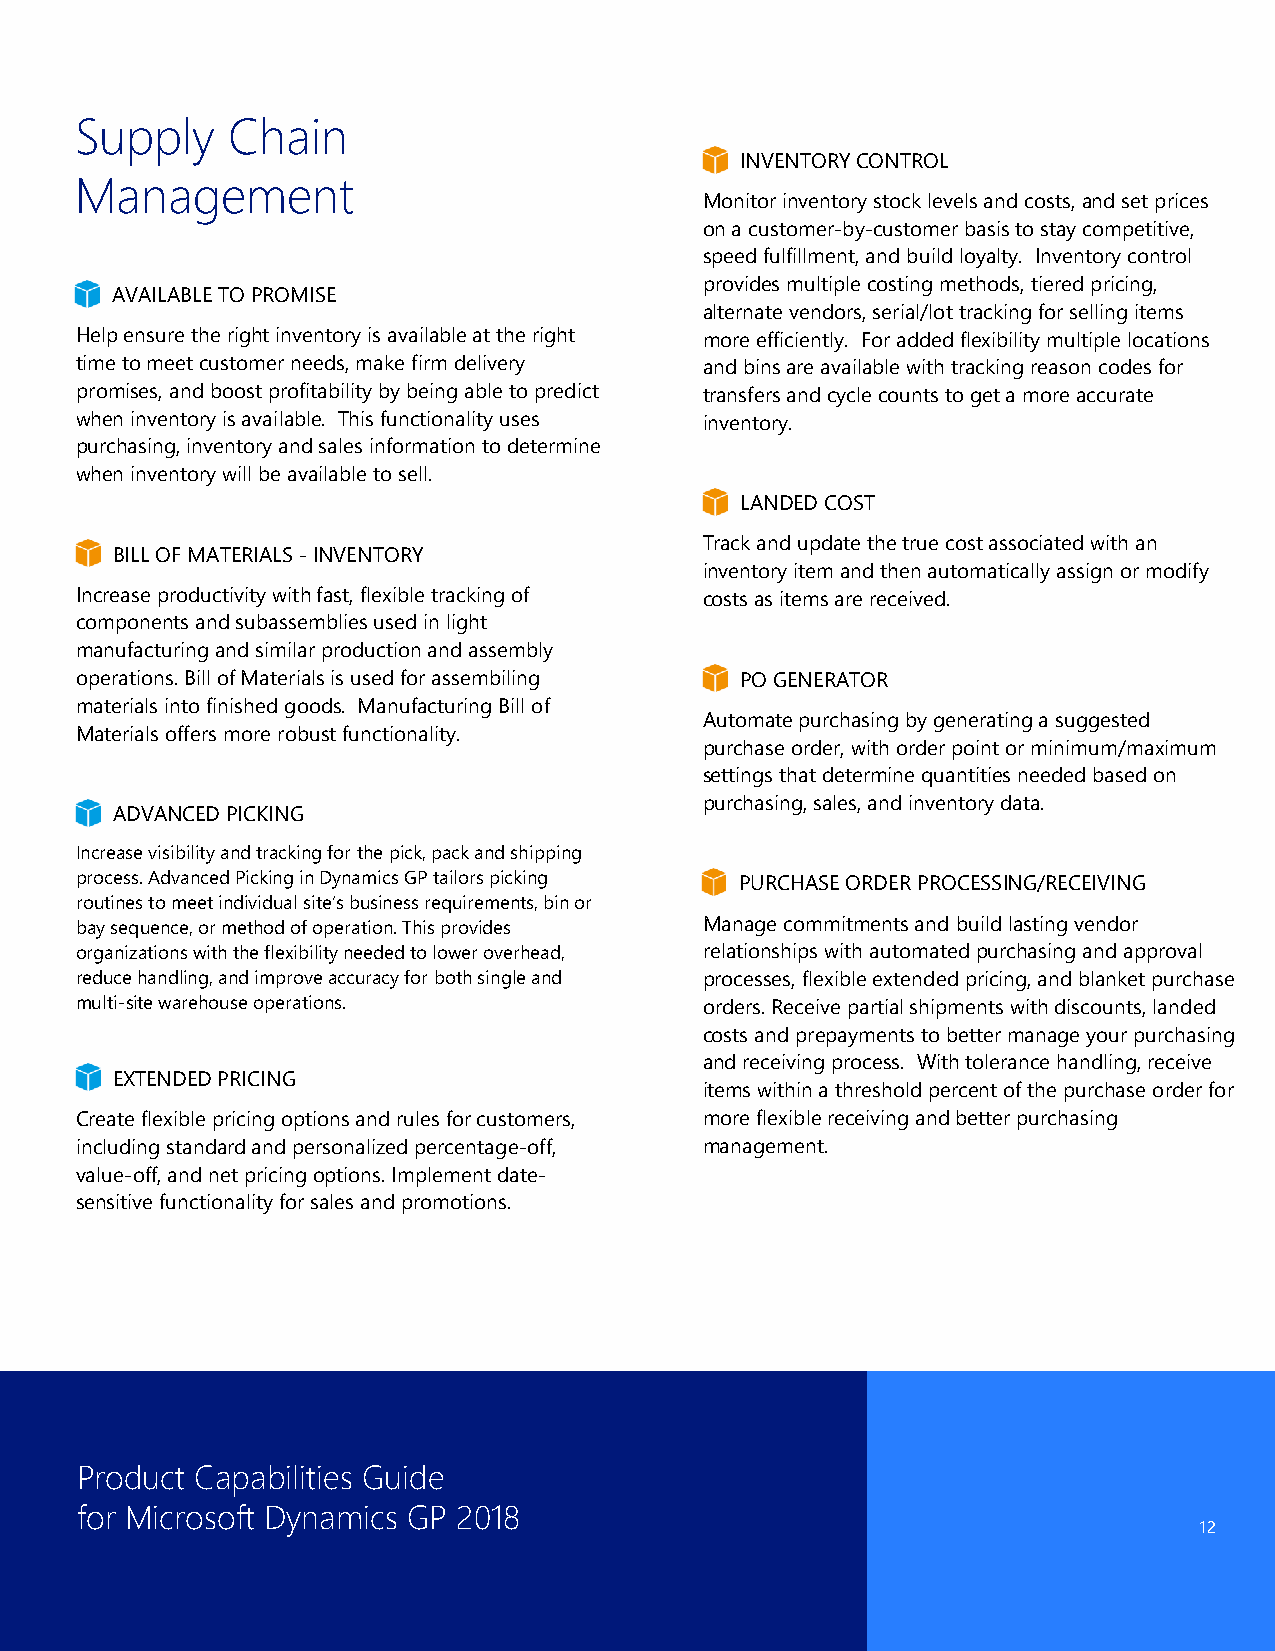
Supply    Chain
 INVENTORY CONTROL
 Management
 Monitor inventory stock levels and costs, and set prices
 on a customer-by-customer basis to stay competitive,
 speed fulfillment, and build loyalty. Inventory control
 provides multiple costing methods, tiered pricing,
 AVAILABLE TO PROMISE
 alternate vendors, serial/lot tracking for selling items
 Help ensure the right inventory is available at the right more efficiently. For added flexibility multiple locations
 time to meet customer needs, make firm delivery and bins are available with tracking reason codes for
 promises, and boost profitability by being able to predict transfers and cycle counts to get a more accurate
 when inventory is available. This functionality uses inventory.
 purchasing, inventory and sales information to determine
 when inventory will be available to sell.
 LANDED COST
 Track and update the true cost associated with an
 BILL OF MATERIALS - INVENTORY
 inventory item and then automatically assign or modify
 Increase productivity with fast, flexible tracking of costs as items are received.
 components and subassemblies used in light
 manufacturing and similar production and assembly
 operations. Bill of Materials is used for assembiling PO GENERATOR
 materials into finished goods. Manufacturing Bill of
 Automate purchasing by generating a suggested
 Materials offers more robust functionality.
 purchase order, with order point or minimum/maximum
 settings that determine quantities needed based on
 purchasing, sales, and inventory data.
 ADVANCED PICKING
 Increase visibility and tracking for the pick, pack and shipping
 process. Advanced Picking in Dynamics GP tailors picking PURCHASE ORDER PROCESSING/RECEIVING
 routines to meet individual site’s business requirements, bin or
 bay sequence, or method of operation. This provides Manage commitments and build lasting vendor
 organizations with the flexibility needed to lower overhead, relationships with automated purchasing and approval
 reduce handling, and improve accuracy for both single and processes, flexible extended pricing, and blanket purchase
 multi-site warehouse operations.          orders. Receive partial shipments with discounts, landed
 costs and prepayments to better manage your purchasing
 and receiving process. With tolerance handling, receive
 EXTENDED PRICING
 items within a threshold percent of the purchase order for
 Create flexible pricing options and rules for customers, more flexible receiving and better purchasing
 including standard and personalized percentage-off, management.
 value-off, and net pricing options. Implement date-
 sensitive functionality for sales and promotions.
 Product Capabilities Guide
 for Microsoft Dynamics GP 2018
 12